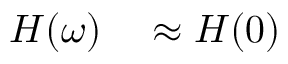
\begin{array} { r } { \begin{array} { r l } { H ( \omega ) } & { { } \approx H ( 0 ) } \end{array} } \end{array}